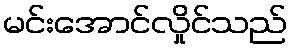
မင်းအောင်လှိုင်သည်